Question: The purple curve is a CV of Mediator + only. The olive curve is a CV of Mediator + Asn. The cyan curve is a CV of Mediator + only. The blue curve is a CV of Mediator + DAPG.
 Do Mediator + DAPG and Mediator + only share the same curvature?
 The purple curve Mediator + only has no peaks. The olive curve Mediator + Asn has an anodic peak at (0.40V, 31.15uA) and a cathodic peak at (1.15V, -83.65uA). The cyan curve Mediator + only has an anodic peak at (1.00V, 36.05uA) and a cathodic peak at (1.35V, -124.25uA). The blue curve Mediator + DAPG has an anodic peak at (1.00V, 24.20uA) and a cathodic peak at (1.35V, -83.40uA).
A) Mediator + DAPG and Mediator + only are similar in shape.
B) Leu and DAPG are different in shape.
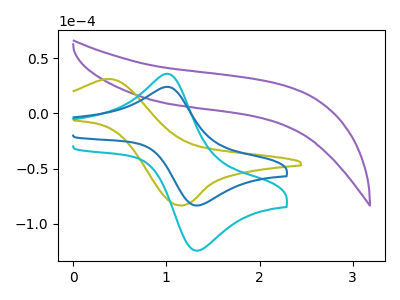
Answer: <think>All the peaks in "Mediator + DAPG" have a peak in "Mediator + only" at the same potential. Every peak in "Mediator + DAPG" is lower than every peak in "Mediator + only".
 </think>
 <answer>A) "Mediator + DAPG" and "Mediator + only" are similar in shape.</answer>
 <eval>A</eval>